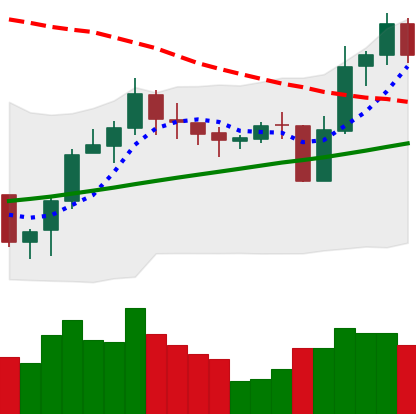
Ticker: LINK-USD
Chart end date: 2020-10-25
Forward return: -8.729%
Label: down_7plus